Annual report on the working of the lock hospitals in the Central Provinces
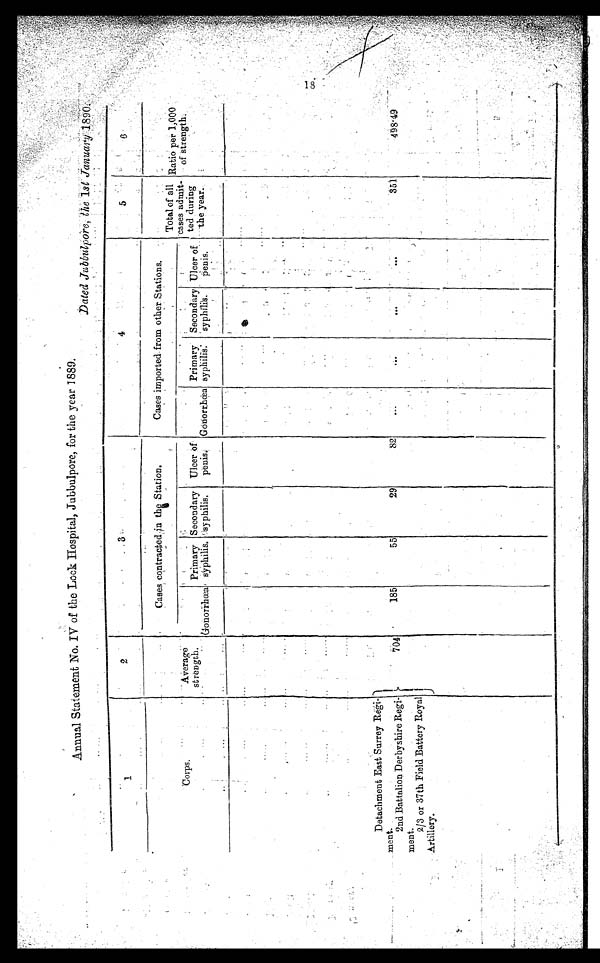
Annual Statement No. IV of the Lock Hospital, Jubbulpore, for the year 1889.
Dated Jubbulpore, the 1st January1 8 9
0 .
1
2
3
4
5
6
Corps.
Average
strength.
Cases contracted in the Station.
Cases imported from other Stations.
Total of all
cases admit-
ted during
the year.
Ratio per 1,000
of strength.
Gonorrhœa
Primary
syphilis.
Secondary
syphilis.
Ulcer of
penis. Gonorrhœa
Primary
syphilis.
Secondary
syphilis.
Ulcer of
penis.
Detachment East Surrey Regi-
ment.
704
185
55
29
82
. . .
. . .
. . .
. . .
351
49 8
. 4 9
2nd Battalion Derbyshire Regi-
ment.
2/3 or 37th Field Battery Royal
Artillery.